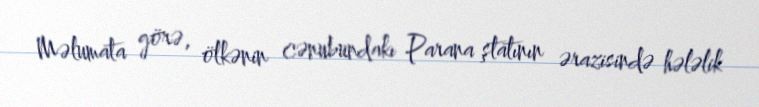
Məlumata görə, ölkənin cənubundakı Parana ştatının ərazisində hələlik